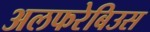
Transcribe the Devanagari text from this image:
अलफरेबिउस